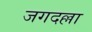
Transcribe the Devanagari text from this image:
जगदल्ला